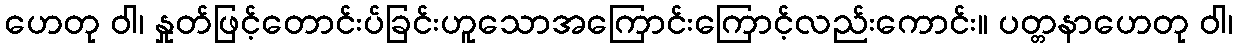
ဟေတု ဝါ၊ နှုတ်ဖြင့်တောင်းပ်ခြင်းဟူသောအကြောင်းကြောင့်လည်းကောင်း။ ပတ္တနာဟေတု ဝါ၊